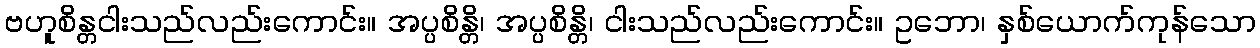
ဗဟူစိန္တငါးသည်လည်းကောင်း။ အပ္ပစိန္တိ၊ အပ္ပစိန္တိ၊ ငါးသည်လည်းကောင်း။ ဥဘော၊ နှစ်ယောက်ကုန်သော